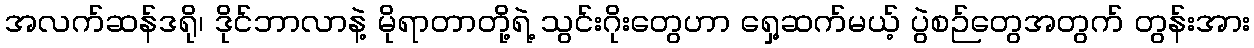
အလက်ဆန်ဒရို၊ ဒိုင်ဘာလာနဲ့ မိုရာတာတို့ရဲ့ သွင်းဂိုးတွေဟာ ရှေ့ဆက်မယ့် ပွဲစဉ်တွေအတွက် တွန်းအား